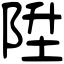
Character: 陞